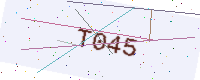
Text: T045